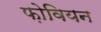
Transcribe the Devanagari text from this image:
फ़ोवियन